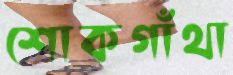
শোকগাঁথা